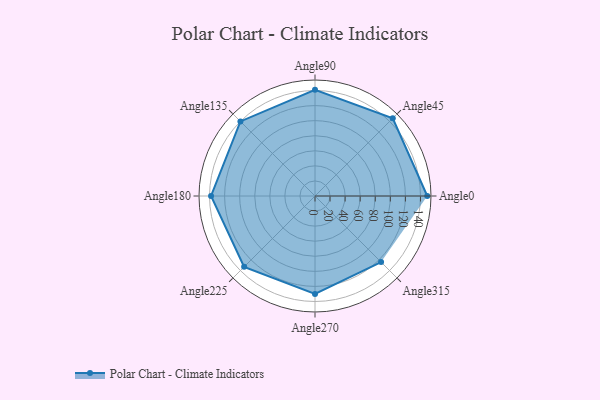
{"axis": {"x": "Angle", "y": "Radius"}, "legend": [""], "data": [{"x": "Angle0", "y": 149.0, "type": ""}, {"x": "Angle45", "y": 146.0, "type": ""}, {"x": "Angle90", "y": 141.0, "type": ""}, {"x": "Angle135", "y": 140.0, "type": ""}, {"x": "Angle180", "y": 138.0, "type": ""}, {"x": "Angle225", "y": 133.0, "type": ""}, {"x": "Angle270", "y": 130.0, "type": ""}, {"x": "Angle315", "y": 124.0, "type": ""}]}